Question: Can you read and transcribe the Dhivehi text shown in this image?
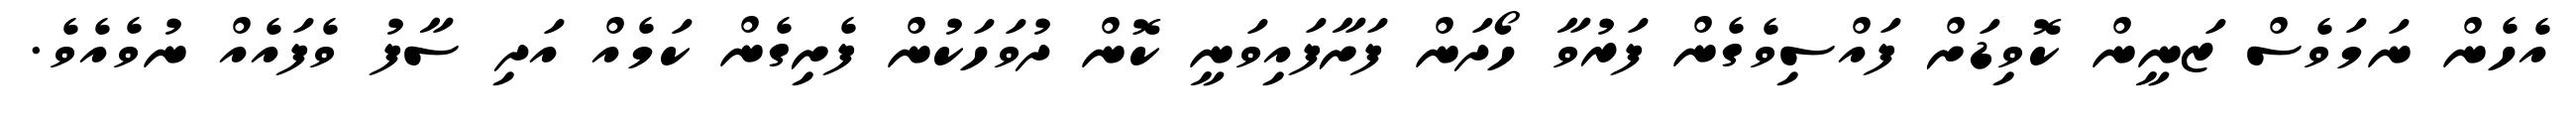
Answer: އެހެން ނަމަވެސް ޒަނީން ކޮވިޑަށް ފައްސިވެގެން ފަރުވާ ހޯދަން ފަށާފައިވަނީ ކޮން ދުވަހަކުން ފެށިގެން ކަމެއް އަދި ސާފު ވެފައެއް ނުވެއެވެ.